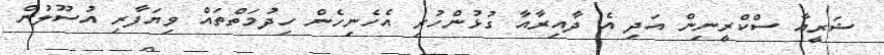
ޝަރީއާ ސްކްރީނިން އަދި އެ ދާއިރާއާ ގުޅުންހުރި އެހެނިހެން ހިދުމަތްތައް ވިޔަފާރި އުސޫލުން